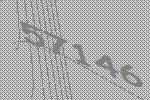
57146